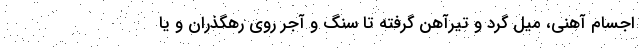
اجسام آهنی، میل گرد و تیرآهن گرفته تا سنگ و آجر روی رهگذران و یا